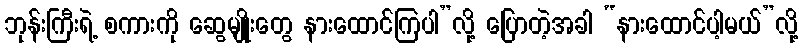
ဘုန်းကြီးရဲ့ စကားကို ဆွေမျိုးတွေ နားထောင်ကြပါ”လို့ ပြောတဲ့အခါ “နားထောင်ပါ့မယ်”လို့